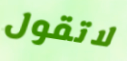
لاتقول